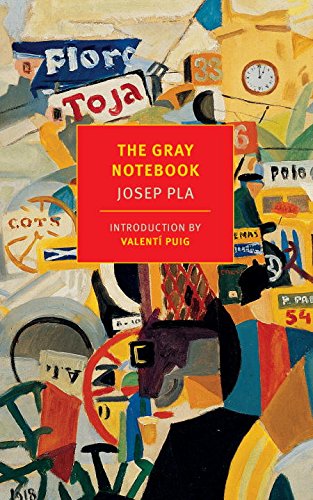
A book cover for The Gray Notebook (New York Review Books Classics); Josep Pla; Literature & Fiction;